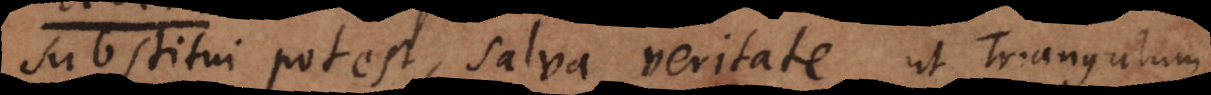
substitui potest, salva veritate, ut Triangulum